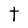
Character: t